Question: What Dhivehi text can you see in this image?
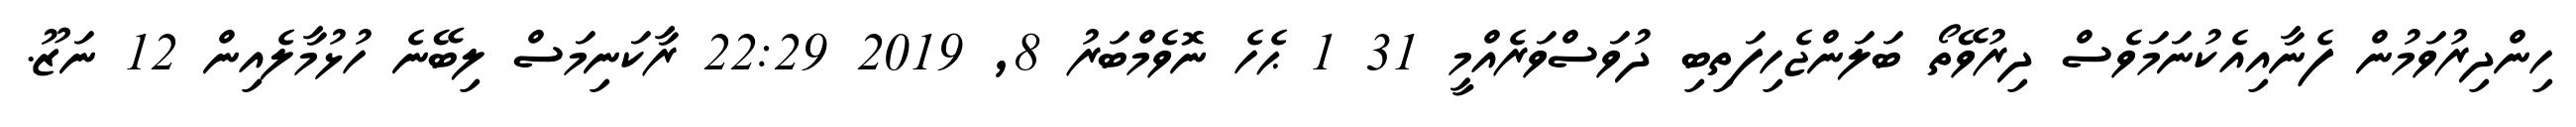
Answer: ހިންދިރުވަމުން ފެނާއިއެކުނަމަވެސް ދިރުވޭތޯ ބަލަންޖެހިފަތިބި ދުވަސްވަރެއްމީ 31 1 ޙެހެ ނޮވެމްބަރު 8, 2019 22:29 ރާކަނިމަސް ލިބޭނެ ހުޅުމާލެއިން 12 ނަޒޫ.